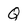
Character: Q